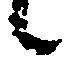
候